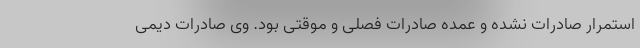
استمرار صادرات نشده و عمده صادرات فصلی و موقتی بود. وی صادرات دیمی